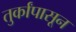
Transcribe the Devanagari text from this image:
तुर्कांपासून